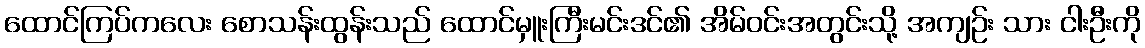
ထောင်ကြပ်ကလေး စောသန်းထွန်းသည် ထောင်မှူးကြီးမင်းဒင်၏ အိမ်ဝင်းအတွင်းသို့ အကျဉ်း သား ငါးဦးကို